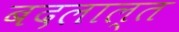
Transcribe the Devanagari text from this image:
बदलाल्त